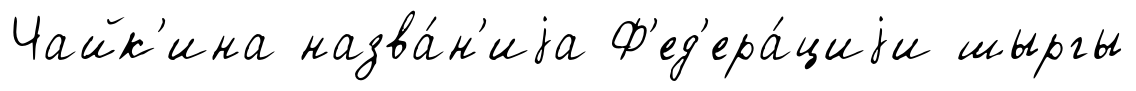
Чайк'ина назва́н'иjа Ф'ед'ера́циjи шыргы